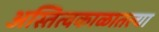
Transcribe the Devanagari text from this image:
अस्तित्वकाळातल्या